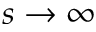
s \to \infty